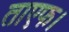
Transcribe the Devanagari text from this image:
ताएफ।